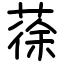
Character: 蒣